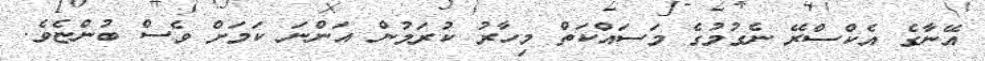
އޭނާގެ އެކްސްރޭ ނެގުމުގެ މަސައްކަތް މިހާރު ކުރަމުން އަންނަ ކަމަށް ވެސް ބުންޏެވެ.